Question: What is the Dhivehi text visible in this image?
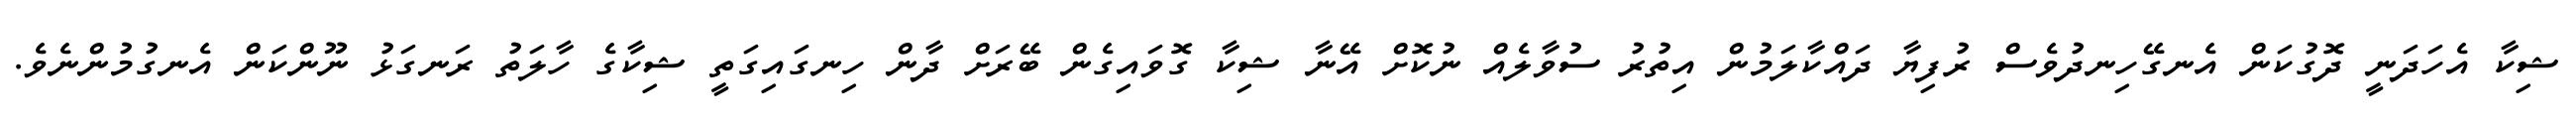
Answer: ޝިކާ އެހަދަނީ ދޮގުކަން އެނގޭހިނދުވެސް ރުފިޔާ ދައްކާލަމުން އިތުރު ސުވާލެއް ނުކޮށް އޭނާ ޝިކާ ގޮވައިގެން ބޭރަށް ދާން ހިނގައިގަތީ ޝިކާގެ ހާލަތު ރަނގަޅު ނޫންކަން އެނގުމުންނެވެ.